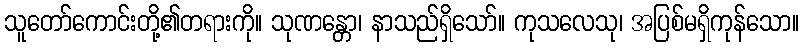
သူတော်ကောင်းတို့၏တရားကို။ သုဏန္တော၊ နာသည်ရှိသော်။ ကုသလေသု၊ အပြစ်မရှိကုန်သော။